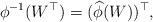
LaTeX: \begin{align*}\phi^{-1}(W^\top)=(\widehat\phi(W))^\top,\end{align*}